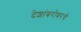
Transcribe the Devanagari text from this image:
देशांबरोबरचे